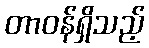
တာဝန်ရှိသည့်